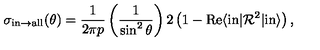
\sigma _ { \mathrm { i n } \to \mathrm { a l l } } ( \theta ) = { \frac { 1 } { 2 \pi p } } \left( { \frac { 1 } { \sin ^ { 2 } { \theta } } } \right) 2 \left( 1 - \mathrm { R e } \langle \mathrm { i n } | { \cal R } ^ { 2 } | \mathrm { i n } \rangle \right) ,